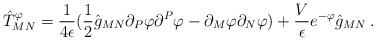
\begin{align*}\hat{T}_{MN}^{\varphi} = {1 \over 4 \epsilon} ( \frac{1}{2} \hat{g}_{MN}\partial_{P}\varphi \partial^{P}\varphi - \partial_{M}\varphi \partial_{N}\varphi ) + \frac{V}{\epsilon} e^{-\varphi} \hat{g}_{MN} \: .\end{align*}